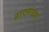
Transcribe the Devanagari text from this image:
वादसंख्या